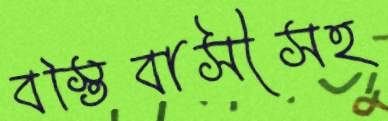
বস্তিবাসীসহ